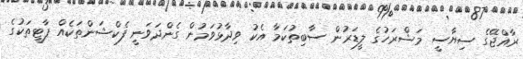
ރާއްޖޭގެ ސިޔާސީ މަޝްރަހުގެ ލީޑަރުން ސާބިތުކަމާ އެކު ވިދާޅުވަމުން ގެންދަވަނީ ފެކްޝަންތަކެއް ޕާޓީތަކުގެ